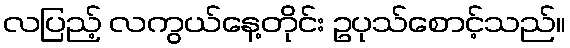
လပြည့် လကွယ်နေ့တိုင်း ဥပုသ်စောင့်သည်။